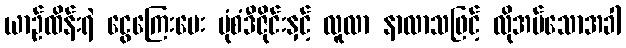
ယာဉ်ထိန်းရဲ ငွေကြေးပေး ပုံစံဒီဇိုင်းနှင့် လူလာ နာလာသဖြင့် လိုအပ်သောအခါ